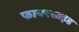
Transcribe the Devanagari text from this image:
फायरसाइड